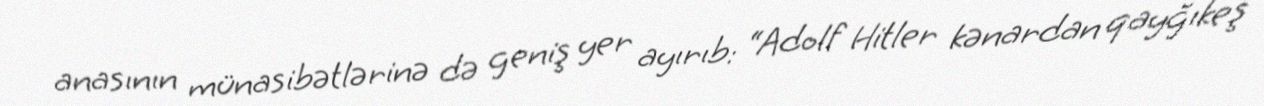
anasının münasibətlərinə də geniş yer ayırıb: “Adolf Hitler kənardan qayğıkeş